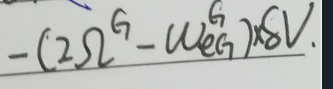
\[- (2\Omega^{6}-\omega e_{G}^{6})\times 8V.\]